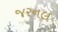
જરનલ